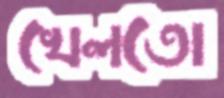
খেলতো